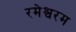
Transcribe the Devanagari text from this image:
रमेश्वरम